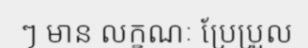
ៗ មាន លក្ខណៈ ប្រែប្រួល